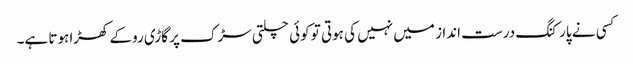
کسی نے پارکنگ درست انداز میں نہیں کی ہوتی تو کوئی چلتی سڑک پر گاڑی روکے کھڑا ہوتا ہے۔